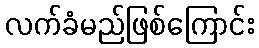
လက်ခံမည်ဖြစ်ကြောင်း